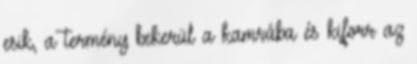
esik, a termény bekerül a kamrába és kiforr az